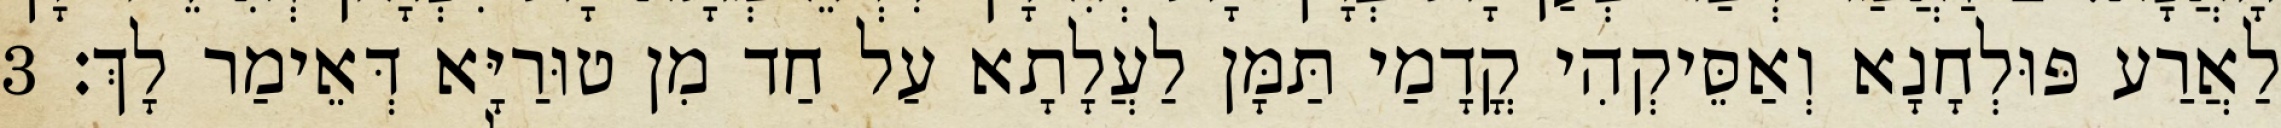
לַאֲרַע פּוּלְחָנָא וְאַסֵּיקְהִי קֳדָמַי תַּמָּן לַעֲלָתָא עַל חַד מִן טוּרַיָּא דְּאֵימַר לָךְ׃ 3